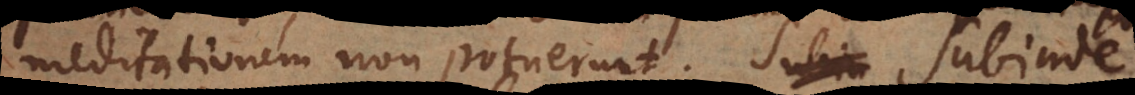
meditationem non potuerunt. Subinde